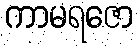
ကာမရဇော